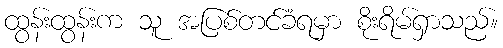
ထွန်းထွန်းက သူ အပြစ်တင်ခံရမှာ စိုးရိမ်ရှာသည်။